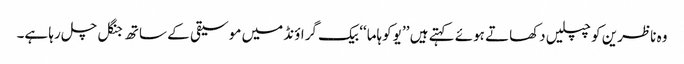
وہ ناظرین کو چپلیں دکھاتے ہوئے کہتے ہیں ’’ یوکوہاما‘‘ بیک گراؤنڈ میں موسیقی کے ساتھ جنگل چل رہا ہے۔